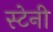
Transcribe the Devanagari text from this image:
स्टेनी